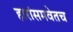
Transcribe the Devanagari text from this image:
हारांसमवेतच